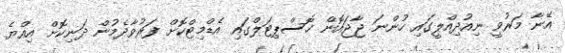
އޭނާ މަރުވީ ނިއުދިއްލީގައި ހުންނަ ޖާޖައޮން ހޮސްޕިޓަލްގައި އެޑްމިޓްކޮށް ފަރުވާދެމުން ދަނިކޮށް އިއްޔެ